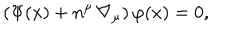
\left( \Psi ( x ) + n ^ { \mu } \, \nabla _ { \mu } \right) \varphi ( x ) = 0 ,